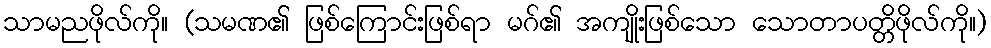
သာမညဖိုလ်ကို။ (သမဏ၏ ဖြစ်ကြောင်းဖြစ်ရာ မဂ်၏ အကျိုးဖြစ်သော သောတာပတ္တိဖိုလ်ကို။)